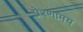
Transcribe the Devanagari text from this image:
प्रेरणामय